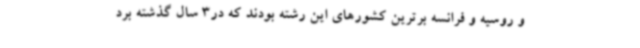
و روسیه و فرانسه برترین کشورهای این رشته بودند که در3 سال گذشته برد